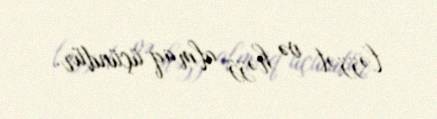
ləzzət və həzz almaq üçündür.